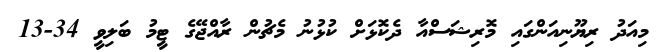
މިއަދު ރިޔޫނިއަންގައި މޮރިޝަސްއާ ދެކޮޅަށް ކުޅުނު މެޗުން ރާއްޖޭގެ ޓީމު ބަލިވީ 34-13